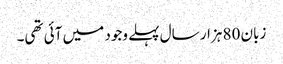
زبان 80 ہزار سال پہلے وجود میں آئی تھی۔